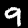
Label: 9